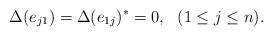
LaTeX: \begin{align*} \Delta(e_{j1}) = \Delta(e_{1j})^* = 0,\ \ (1\leq j\leq n).\end{align*}